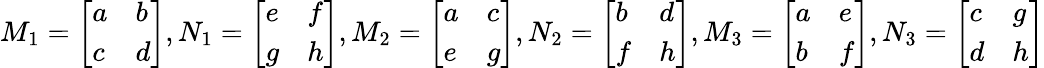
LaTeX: M_{1}={\left[\begin{array}{ll}{a}&{b}\\ {c}&{d}\end{array}\right]},N_{1}={\left[\begin{array}{ll}{e}&{f}\\ {g}&{h}\end{array}\right]},M_{2}={\left[\begin{array}{ll}{a}&{c}\\ {e}&{g}\end{array}\right]},N_{2}={\left[\begin{array}{ll}{b}&{d}\\ {f}&{h}\end{array}\right]},M_{3}={\left[\begin{array}{ll}{a}&{e}\\ {b}&{f}\end{array}\right]},N_{3}={\left[\begin{array}{ll}{c}&{g}\\ {d}&{h}\end{array}\right]}